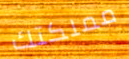
مملكتك